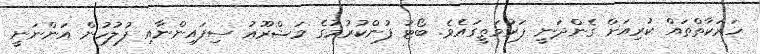
ހަރަކާތްތައް ކުރިއަށް ގެންދަނީ ފަރުމަތީގައެވެ. ބޯޓު ފުންކުރުމުގެ މަޝްރޫޢު ސިފައިންނާއި ފުލުހުން އަންނަނީ